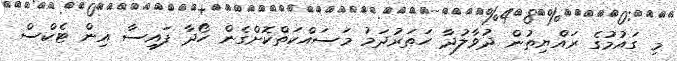
މި ގައުމުގެ ރައްޔިތުން ދުވާލުދާ ހަތަރުދަމު މަސައްކަތްކޮށްގެން ހޯދާ ފައިސާ އިން ޓެކްސް